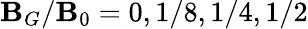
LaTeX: \mathbf{B}_{G}/\mathbf{B}_{0}=0,1/8,1/4,1/2